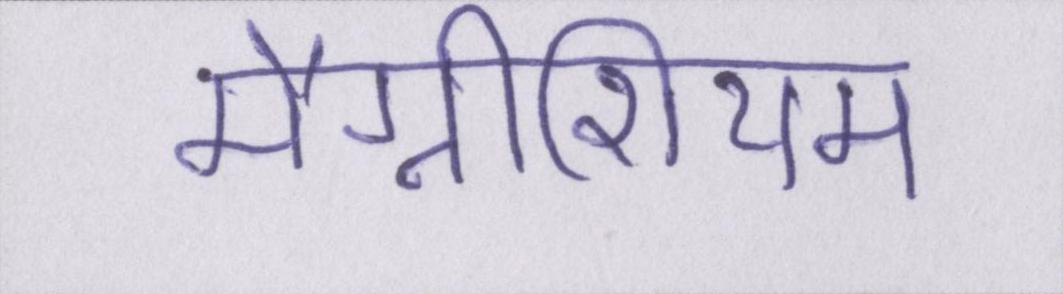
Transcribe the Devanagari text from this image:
मैग्नीशियम